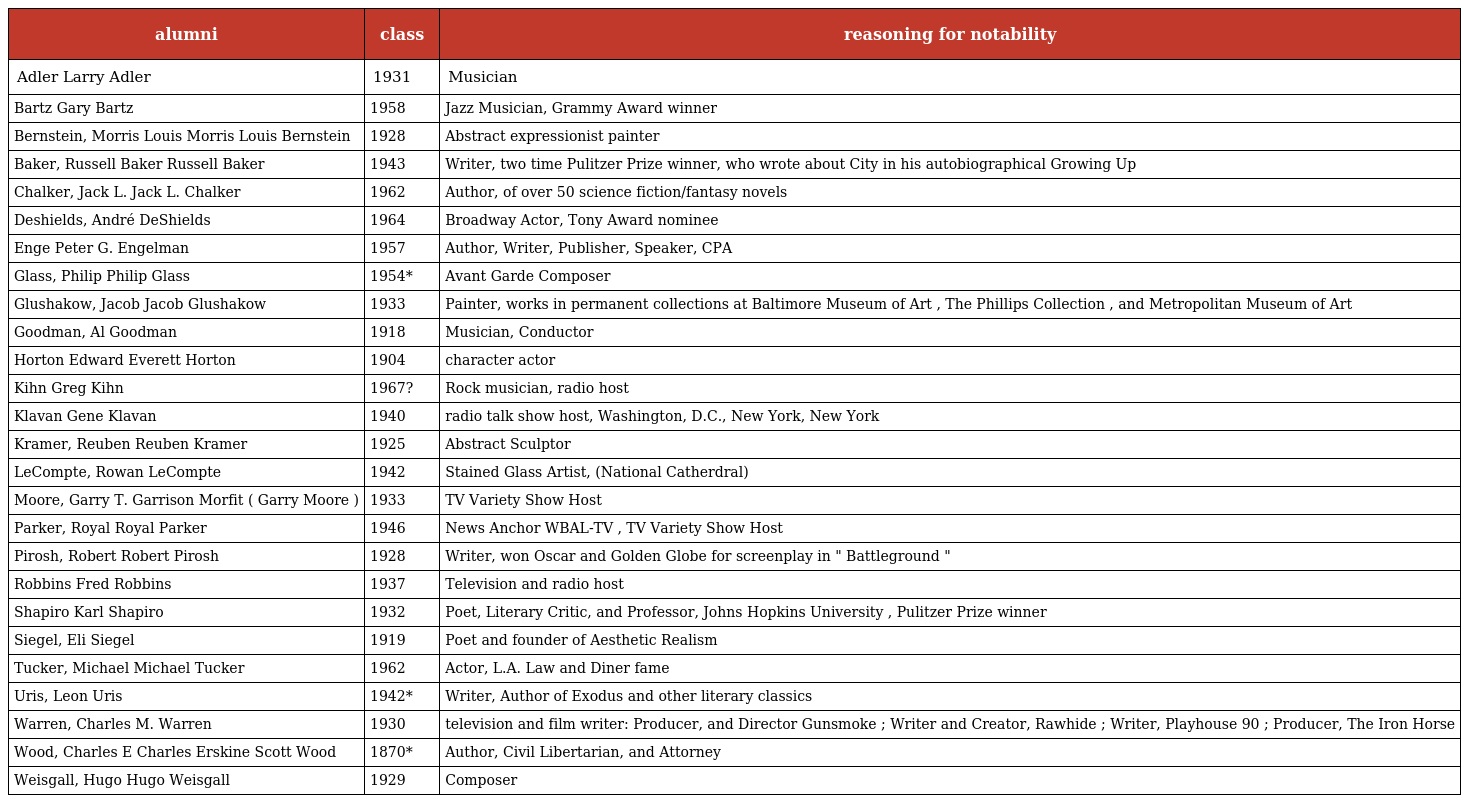
| alumni | class | reasoning for notability |
 | --- | --- | --- |
 | Adler Larry Adler | 1931 | Musician |
 | Bartz Gary Bartz | 1958 | Jazz Musician, Grammy Award winner |
 | Bernstein, Morris Louis Morris Louis Bernstein | 1928 | Abstract expressionist painter |
 | Baker, Russell Baker Russell Baker | 1943 | Writer, two time Pulitzer Prize winner, who wrote about City in his autobiographical Growing Up |
 | Chalker, Jack L. Jack L. Chalker | 1962 | Author, of over 50 science fiction/fantasy novels |
 | Deshields, André DeShields | 1964 | Broadway Actor, Tony Award nominee |
 | Enge Peter G. Engelman | 1957 | Author, Writer, Publisher, Speaker, CPA |
 | Glass, Philip Philip Glass | 1954* | Avant Garde Composer |
 | Glushakow, Jacob Jacob Glushakow | 1933 | Painter, works in permanent collections at Baltimore Museum of Art , The Phillips Collection , and Metropolitan Museum of Art |
 | Goodman, Al Goodman | 1918 | Musician, Conductor |
 | Horton Edward Everett Horton | 1904 | character actor |
 | Kihn Greg Kihn | 1967? | Rock musician, radio host |
 | Klavan Gene Klavan | 1940 | radio talk show host, Washington, D.C., New York, New York |
 | Kramer, Reuben Reuben Kramer | 1925 | Abstract Sculptor |
 | LeCompte, Rowan LeCompte | 1942 | Stained Glass Artist, (National Catherdral) |
 | Moore, Garry T. Garrison Morfit ( Garry Moore ) | 1933 | TV Variety Show Host |
 | Parker, Royal Royal Parker | 1946 | News Anchor WBAL-TV , TV Variety Show Host |
 | Pirosh, Robert Robert Pirosh | 1928 | Writer, won Oscar and Golden Globe for screenplay in " Battleground " |
 | Robbins Fred Robbins | 1937 | Television and radio host |
 | Shapiro Karl Shapiro | 1932 | Poet, Literary Critic, and Professor, Johns Hopkins University , Pulitzer Prize winner |
 | Siegel, Eli Siegel | 1919 | Poet and founder of Aesthetic Realism |
 | Tucker, Michael Michael Tucker | 1962 | Actor, L.A. Law and Diner fame |
 | Uris, Leon Uris | 1942* | Writer, Author of Exodus and other literary classics |
 | Warren, Charles M. Warren | 1930 | television and film writer: Producer, and Director Gunsmoke ; Writer and Creator, Rawhide ; Writer, Playhouse 90 ; Producer, The Iron Horse |
 | Wood, Charles E Charles Erskine Scott Wood | 1870* | Author, Civil Libertarian, and Attorney |
 | Weisgall, Hugo Hugo Weisgall | 1929 | Composer |